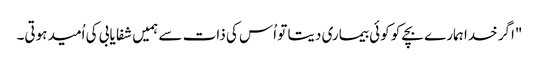
"اگر خدا ہمارے بچے کو کوئی بیماری دیتا تو اُس کی ذات سے ہمیں شفا یابی کی اُمید ہوتی۔